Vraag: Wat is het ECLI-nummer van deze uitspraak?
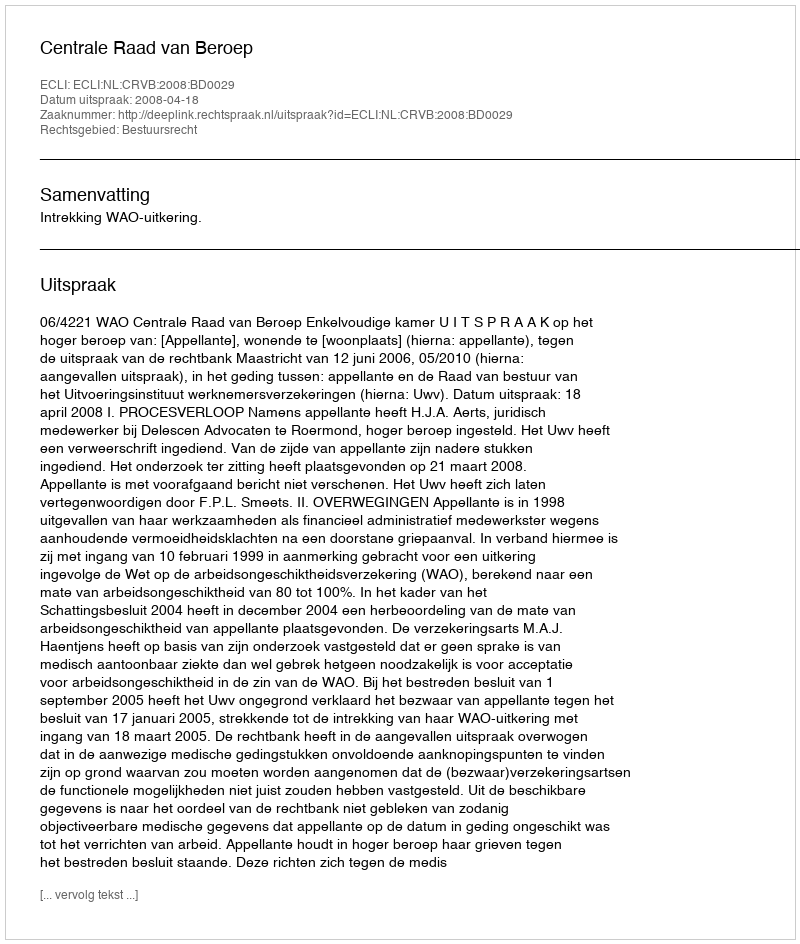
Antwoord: ECLI:NL:CRVB:2008:BD0029